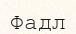
Фадл